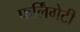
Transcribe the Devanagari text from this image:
फर्लिंगेटी